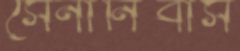
সেনানিবাস